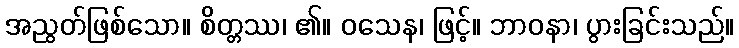
အညွတ်ဖြစ်သော။ စိတ္တဿ၊ ၏။ ဝသေန၊ ဖြင့်။ ဘာဝနာ၊ ပွားခြင်းသည်။